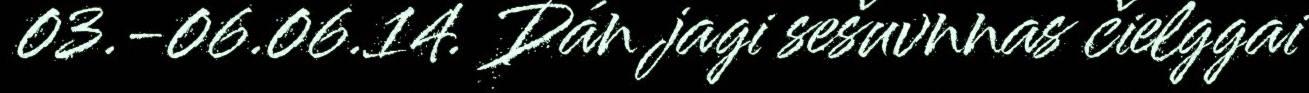
03.-06.06.14. Dán jagi sešuvnnas čielggai